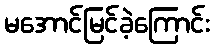
မအောင်မြင်ခဲ့ကြောင်း